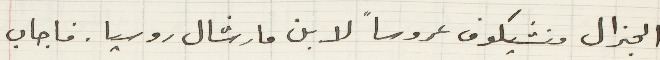
الجنرال منشيكوف عروساً لابن مارشال روسيا. فاجاب